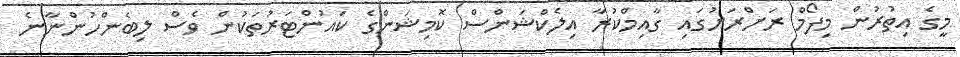
މީގެ އިތުރުން މިފޯމް ރަށްރަށުގައި ގާއިމްކުރާ އިލެކްޝަންސް ކޮމިޝަންގެ ކައުންޓަރުތަކުން ވެސް ލިބެންހުންނާނެ